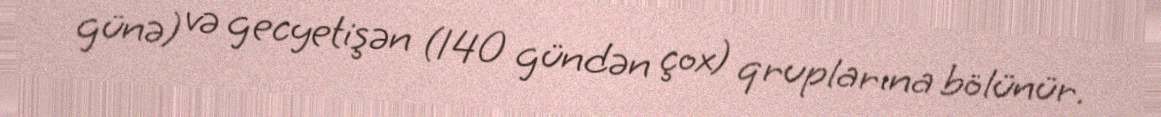
günə) və gecyetişən (140 gündən çox) qruplarına bölünür.